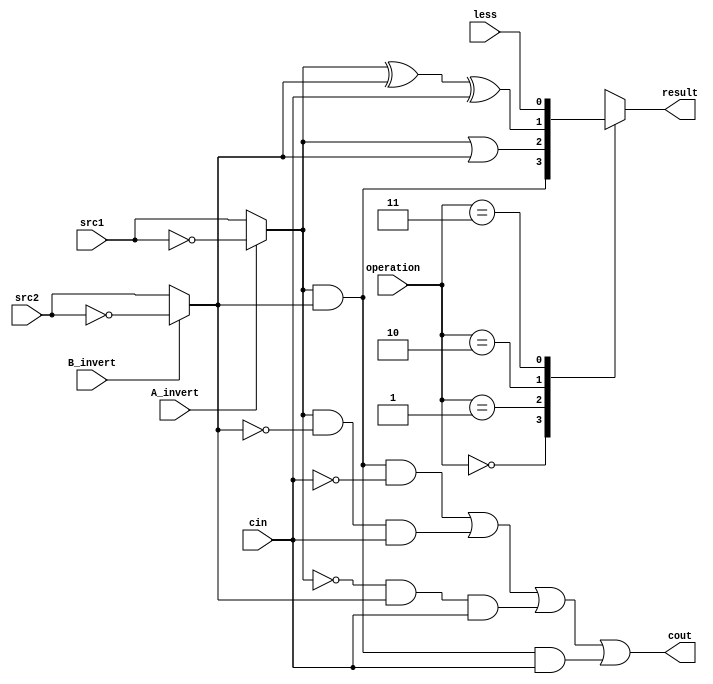
`timescale 1ns/1ps

//////////////////////////////////////////////////////////////////////////////////
// Company:
// Engineer:
//
// Design Name:
// Module Name:    alu_top
// Project Name:
// Target Devices:
// Tool versions:
// Description:
//
// Dependencies:
//
// Revision:
// Revision 0.01 - File Created
// Additional Comments:
//
//////////////////////////////////////////////////////////////////////////////////

module alu_top(
              src1,       //1 bit source 1 (input)
              src2,       //1 bit source 2 (input)
              less,       //1 bit less     (input)
              A_invert,   //1 bit A_invert (input)
              B_invert,   //1 bit B_invert (input)
              cin,        //1 bit carry in (input)
              operation,  //operation      (input)
              result,     //1 bit result   (output)
              cout        //1 bit carry out(output)
              );

input         src1;
input         src2;
input         less;
input         A_invert;
input         B_invert;
input         cin;
input [2-1:0] operation;

output        result;
output        cout;

wire          a_out;
wire          b_out;

reg           result;

assign a_out = (A_invert)? !src1: src1;
assign b_out = (B_invert)? !src2: src2;
assign cout = (a_out & b_out & ~cin) | (a_out & ~b_out & cin) | (~a_out & b_out & cin) | (a_out & b_out & cin);

always@(*)
begin
    case(operation[1:0])
        // AND
        2'b00: result = a_out & b_out;
        // OR
        2'b01: result = a_out | b_out;
        // ADD
        2'b10: result = a_out ^ b_out ^ cin;
        // LESS
        2'b11: result = less;
    endcase
end

endmodule